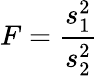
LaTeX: F={\frac{s_{1}^{2}}{s_{2}^{2}}}